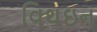
વિથઇન